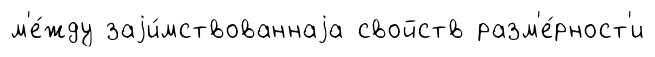
м'е́жду заjи́мствованнаjа свойств разм'е́рност'и